Civil Veterinary Department Bengal reports 1923-33 - 1923-1933
Year: 1923
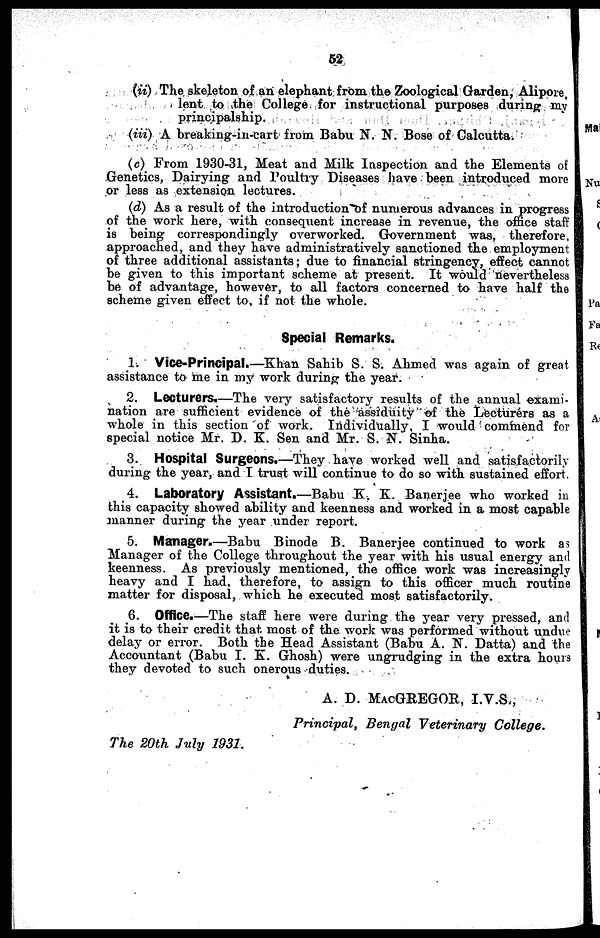
52
(ii) The skeleton of an elephant from the Zoological Garden, Alipore,
lent to the College for instructional purposes during my
principalship.
(iii) A breaking-in-cart from Babu N. N. Bose of Calcutta.
(c) From 1930-31, Meat and Milk Inspection and the Elements of
Genetics, Dairying and Poultry Diseases have been introduced more
or less as extension lectures.
(d) As a result of the introduction of numerous advances in progress
of the work here, with consequent increase in revenue, the office staff
is being correspondingly overworked. Government was, therefore,
approached, and they have administratively sanctioned the employment
of three additional assistants; due to financial stringency, effect cannot
be given to this important scheme at present. It would nevertheless
be of advantage, however, to all factors concerned to have half the
scheme given effect to, if not the whole.
Special Remarks.
1. Vice-Principal.—Khan Sahib S. S. Ahmed was again of great
assistance to me in my work during the year.
2. Lecturers.—The very satisfactory results of the annual exami-
nation are sufficient evidence of the assiduity of the Lecturers as a
whole in this section of work. Individually, I would commend for
special notice Mr. D. K. Sen and Mr. S. N. Sinha.
3. Hospital Surgeons.—They have worked well and satisfactorily
during the year, and I trust will continue to do so with sustained effort.
4. Laboratory Assistant.—Babu K. K. Banerjee who worked in
this capacity showed ability and keenness and worked in a most capable
manner during the year under report.
5. Manager.—Babu Binode B. Banerjee continued to work as
Manager of the College throughout the year with his usual energy and
keenness. As previously mentioned, the office work was increasingly
heavy and I had, therefore, to assign to this officer much routine
matter for disposal, which he executed most satisfactorily.
6. Office.—The staff here were during the year very pressed, and
it is to their credit that most of the work was performed without undue
delay or error. Both the Head Assistant (Babu A. N. Datta) and the
Accountant (Babu I. K. Ghosh) were ungrudging in the extra hours
they devoted to such onerous duties.
A. D. MACGREGOR, I.V.S.,
Principal, Bengal Veterinary
College.
The 20th July 1931.